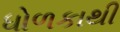
ધોળકાથી